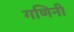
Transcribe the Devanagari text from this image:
गणिनी